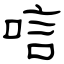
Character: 唁